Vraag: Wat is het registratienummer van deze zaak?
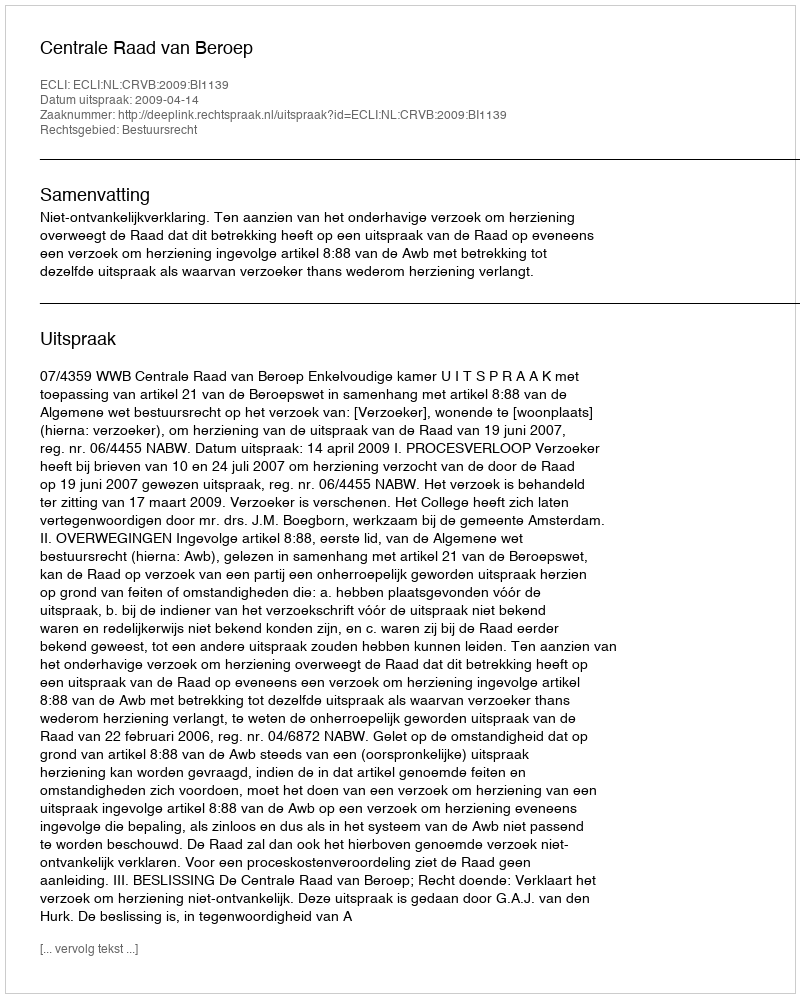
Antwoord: http://deeplink.rechtspraak.nl/uitspraak?id=ECLI:NL:CRVB:2009:BI1139